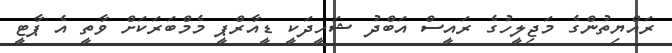
ރައްޔިތުންގެ މަޖިލީހުގެ ރައީސް އަބްދު ޝަހީދަކީ ޑީއާރްޕީ މެމްބަރަކަށް ވާތީ އެ ޕާޓީ